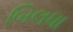
બિલધા